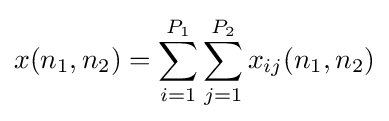
x(n_{1},n_{2})=\sum _{i=1}^{P_{1}}\sum _{j=1}^{P_{2}}x_{ij}(n_{1},n_{2})